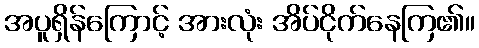
အပူရှိန်ကြောင့် အားလုံး အိပ်ငိုက်နေကြ၏။